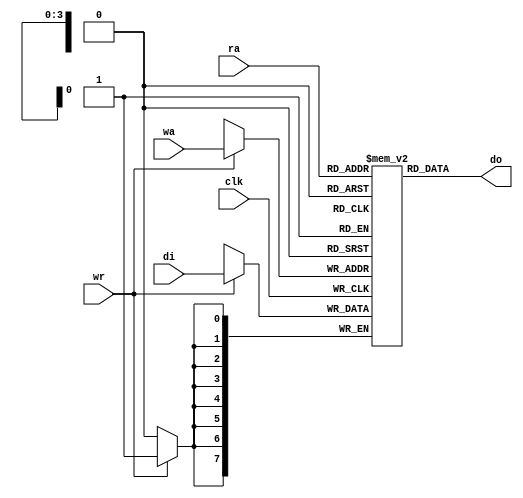
/* ===============================================================
	(C) 2002 Bird Computer
	All rights reserved.

	bc_fifo16x8.v
		Please read the Licensing Agreement
	(license.html file). Use of this file is subject to the
	license agreement.

		FIFO ram with independent read and write ports. Really
	nothing more than a dual port LUT ram.
=============================================================== */
`timescale 1ns / 1ns

module bc_fifo16x8(clk, wr, wa, ra, di, do);
	input clk;
	input wr;
	input [3:0] wa, ra;
	input [7:0] di;
	output [7:0] do;
	
	reg [7:0] mem [15:0];

	always @(posedge clk) begin
		if (wr)
			mem[wa] <= di;
	end
	
	assign do = mem[ra];

endmodule